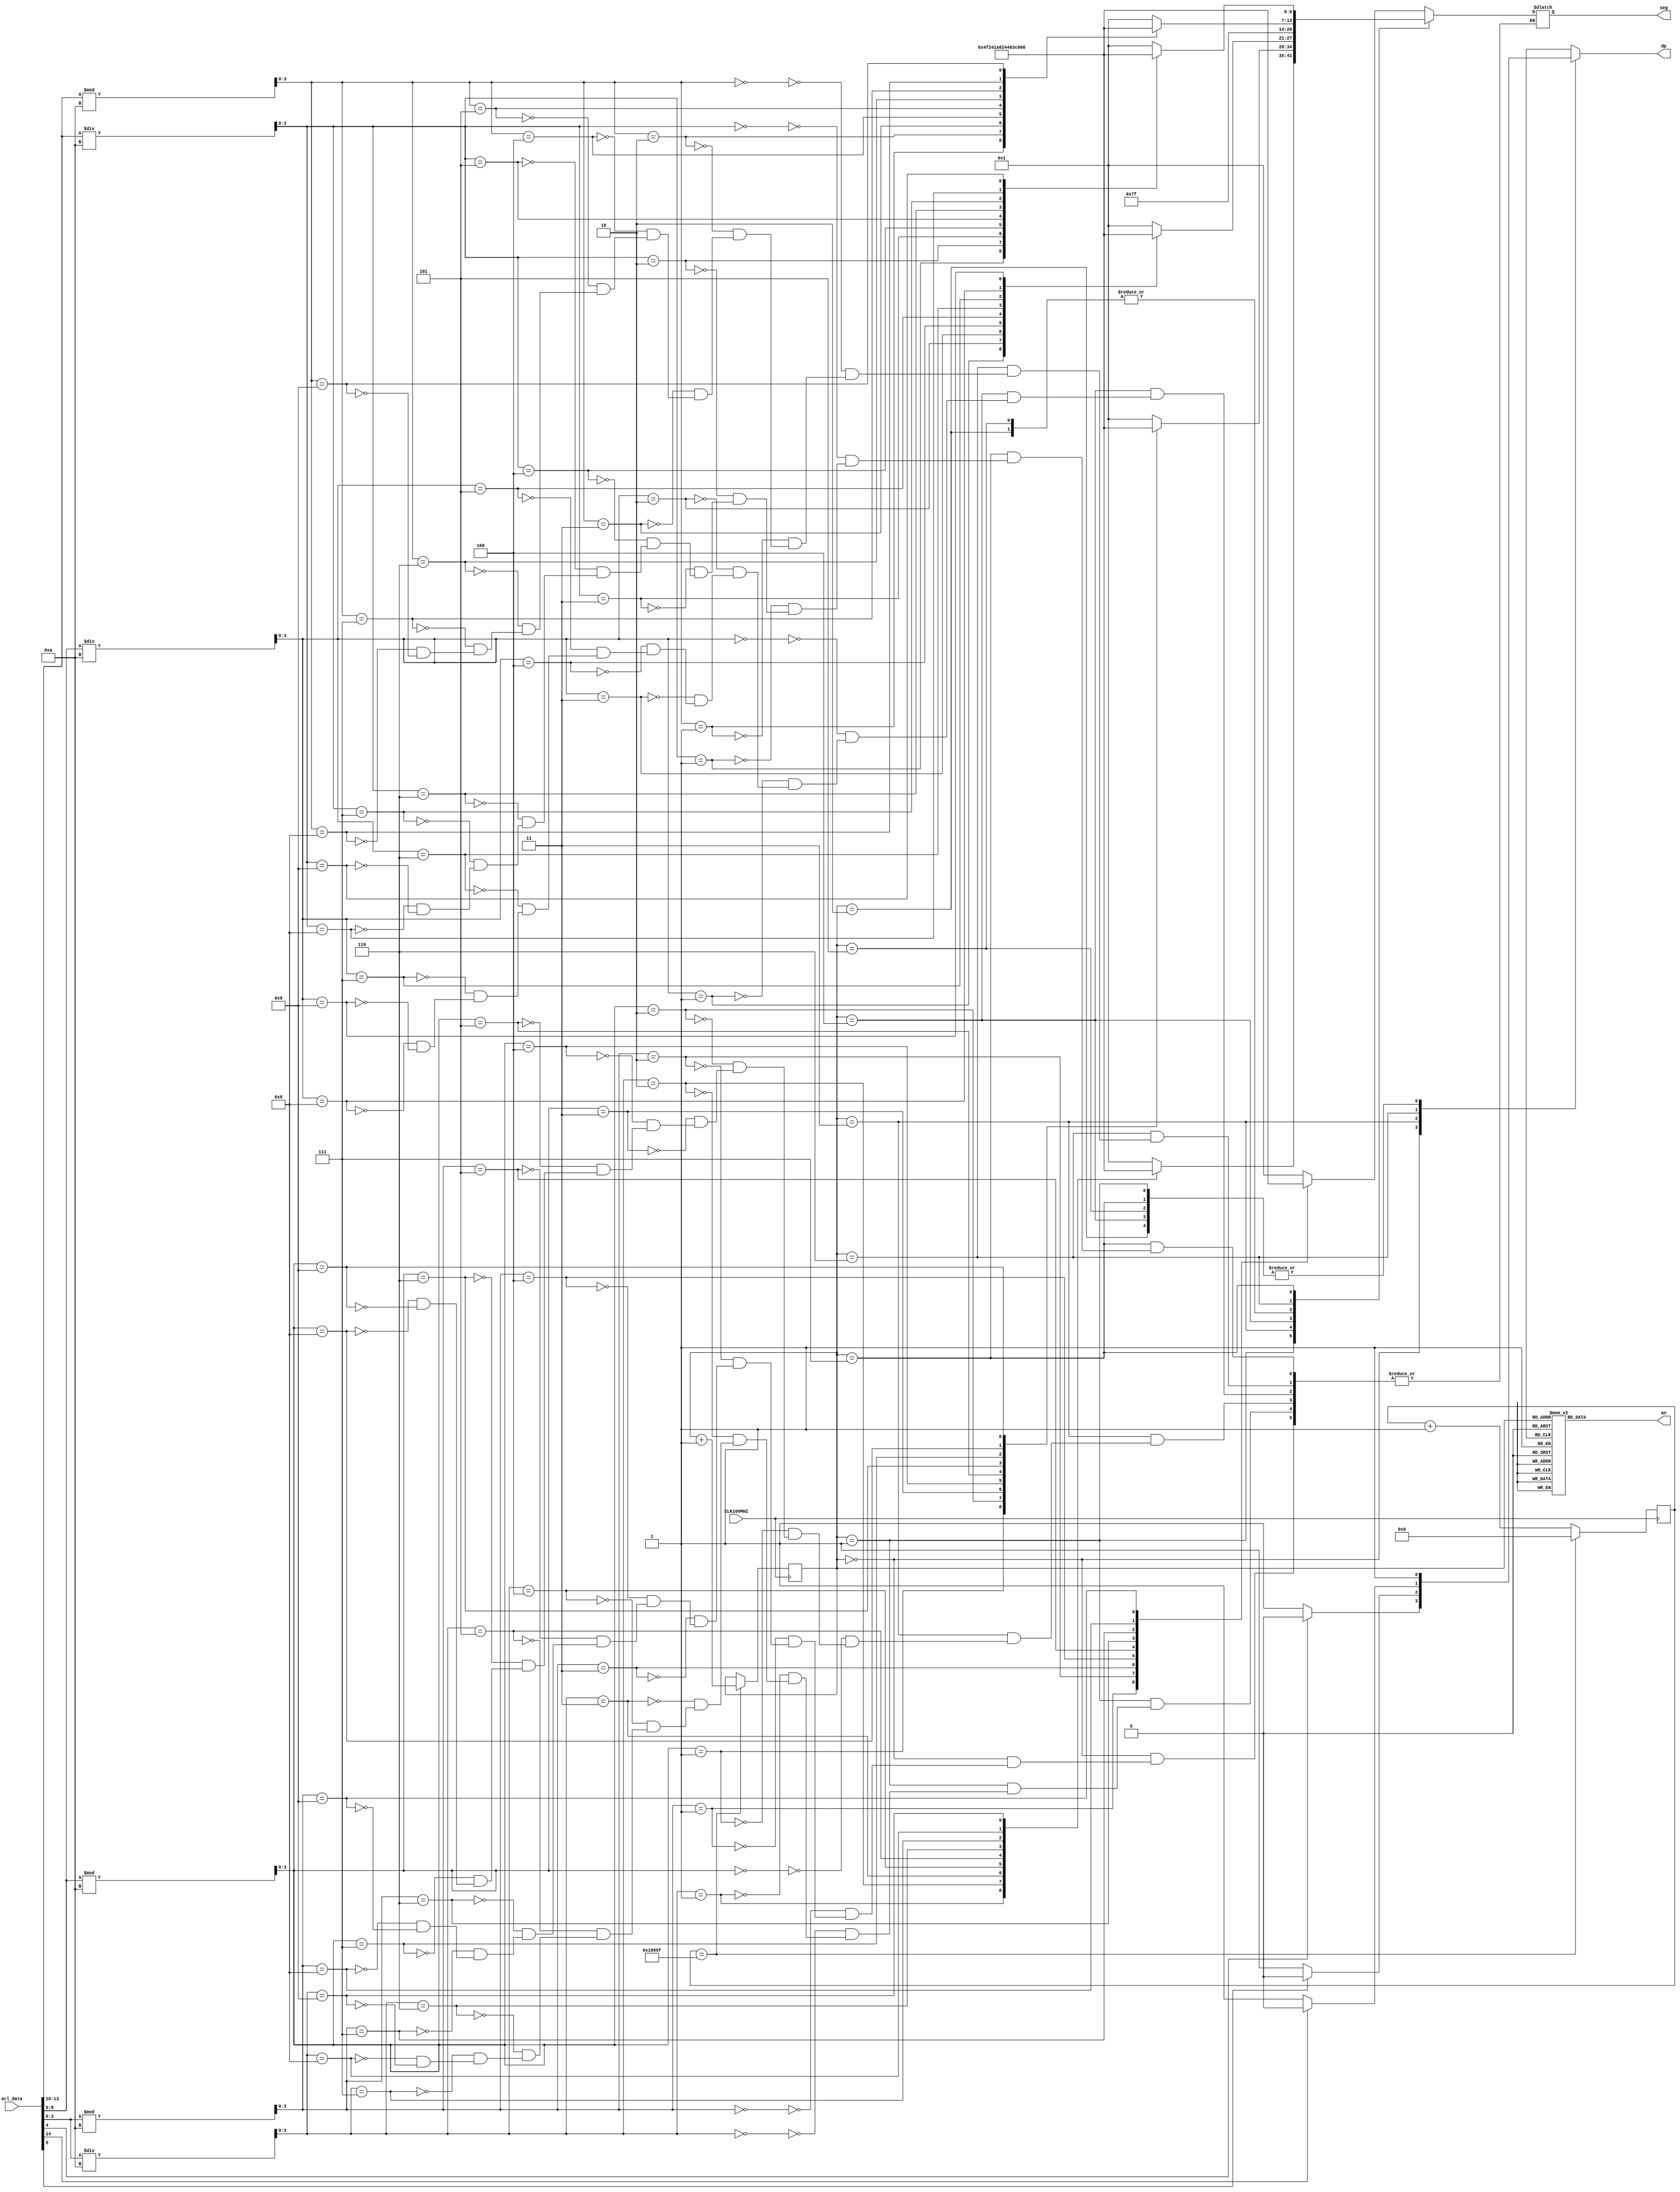
//`timescale 1ns / 1ps

module seg7_control(
    input CLK100MHZ,
    input [14:0] acl_data,
    output reg [6:0] seg,
    output reg dp,
    output reg [7:0] an
    );
    
    // Take sign bits out of accelerometer data
    wire x_sign, y_sign, z_sign;
    assign x_sign = acl_data[14];
    assign y_sign = acl_data[9];
    assign z_sign = acl_data[4];
    
    // Take 6 bits of axis data out of accelerometer data
    wire [3:0] x_data, y_data, z_data;
    assign x_data = acl_data[13:10];
    assign y_data = acl_data[8:5];
    assign z_data = acl_data[3:0];
    
    // Binary to BCD conversion for each axis 6-bit data
    wire [3:0] x_10, x_1, y_10, y_1, z_10, z_1;
    assign x_10 = x_data / 10;
    assign x_1  = x_data % 10;
    assign y_10 = y_data / 10;
    assign y_1  = y_data % 10;
    assign z_10 = z_data / 10;
    assign z_1  = z_data % 10;
    
    // Parameters for segment patterns
    parameter ZERO  = 7'b000_0001;  // 0
    parameter ONE   = 7'b100_1111;  // 1
    parameter TWO   = 7'b001_0010;  // 2 
    parameter THREE = 7'b000_0110;  // 3
    parameter FOUR  = 7'b100_1100;  // 4
    parameter FIVE  = 7'b010_0100;  // 5
    parameter SIX   = 7'b010_0000;  // 6
    parameter SEVEN = 7'b000_1111;  // 7
    parameter EIGHT = 7'b000_0000;  // 8
    parameter NINE  = 7'b000_0100;  // 9
    parameter NULL  = 7'b111_1111;  // all OFF
    
    // To select each anode in turn
    reg [2:0] anode_select = 3'b0;     // 3 bit counter for selecting each of 8 anodes
    reg [16:0] anode_timer = 17'b0;    // counter for anode refresh
    
    // Logic for controlling anode select and anode timer
    always @(posedge CLK100MHZ) begin               // 1ms x 8 displays = 8ms refresh period                             
        if(anode_timer == 99_999) begin             // The period of 100MHz clock is 10ns (1/100,000,000 seconds)
            anode_timer <= 0;                       // 10ns x 100,000 = 1ms
            anode_select <=  anode_select + 1;
        end
        else
            anode_timer <=  anode_timer + 1;
    end
    
    // Logic for driving the 8 bit anode output based on anode select
    always @(anode_select) begin
        case(anode_select) 
            3'b000 : an = 8'b1111_1110;   
            3'b001 : an = 8'b1111_1101;  
            3'b010 : an = 8'b1111_1011;  
            3'b011 : an = 8'b1111_0111;
            3'b100 : an = 8'b1110_1111;   
            3'b101 : an = 8'b1101_1111;  
            3'b110 : an = 8'b1011_1111;  
            3'b111 : an = 8'b0111_1111; 
        endcase
    end
    
    // Logic for driving segments based on which anode is selected
    always @*
        case(anode_select)
            3'b000 : begin
                        if(z_sign)                  // if sign is negative
                            dp = 1'b0;              // ON
                        else
                            dp = 1'b1;              // OFF 
                                
                        case(z_1)                   // Z axis ones digit
                            4'b0000 : seg = ZERO;
                            4'b0001 : seg = ONE;
                            4'b0010 : seg = TWO;
                            4'b0011 : seg = THREE;
                            4'b0100 : seg = FOUR;
                            4'b0101 : seg = FIVE;
                            4'b0110 : seg = SIX;
                            4'b0111 : seg = SEVEN;
                            4'b1000 : seg = EIGHT;
                            4'b1001 : seg = NINE;
                        endcase
                    end
                    
            3'b001 : begin  
                        dp = 1'b1;                  // OFF  
                        
                        case(z_10)                  // Z axis tens digit
                            4'b0000 : seg = ZERO;
                            4'b0001 : seg = ONE;
                            4'b0010 : seg = TWO;
                            4'b0011 : seg = THREE;
                            4'b0100 : seg = FOUR;
                            4'b0101 : seg = FIVE;
                            4'b0110 : seg = SIX;
                            4'b0111 : seg = SEVEN;
                            4'b1000 : seg = EIGHT;
                            4'b1001 : seg = NINE;
                        endcase
                    end
                    
            3'b010 : begin                          // anode not used
                        dp = 1'b1;
                        seg = NULL;     
                    end
                    
            3'b011 : begin
                        if(y_sign)                  // if sign is negative
                            dp = 1'b0;              // ON
                        else
                            dp = 1'b1;              // OFF
                        
                        case(y_1)                   // Y axis ones digit
                            4'b0000 : seg = ZERO;
                            4'b0001 : seg = ONE;
                            4'b0010 : seg = TWO;
                            4'b0011 : seg = THREE;
                            4'b0100 : seg = FOUR;
                            4'b0101 : seg = FIVE;
                            4'b0110 : seg = SIX;
                            4'b0111 : seg = SEVEN;
                            4'b1000 : seg = EIGHT;
                            4'b1001 : seg = NINE;
                        endcase
                    end
                    
            3'b100 : begin
                        dp = 1'b1;                  // OFF
                         
                        case(y_10)                  // Y axis tens digit
                            4'b0000 : seg = ZERO;
                            4'b0001 : seg = ONE;
                            4'b0010 : seg = TWO;
                            4'b0011 : seg = THREE;
                            4'b0100 : seg = FOUR;
                            4'b0101 : seg = FIVE;
                            4'b0110 : seg = SIX;
                            4'b0111 : seg = SEVEN;
                            4'b1000 : seg = EIGHT;
                            4'b1001 : seg = NINE;
                        endcase
                    end
                    
            3'b101 : begin                          // anode not used
                        dp = 1'b1;
                        seg = NULL;    
                        
                    end
                    
            3'b110 : begin 
                        if(x_sign)                  // if sign is negative
                            dp = 1'b0;              // ON
                        else
                            dp = 1'b1;              // OFF
                        
                        case(x_1)                   // X axis ones digit
                            4'b0000 : seg = ZERO;
                            4'b0001 : seg = ONE;
                            4'b0010 : seg = TWO;
                            4'b0011 : seg = THREE;
                            4'b0100 : seg = FOUR;
                            4'b0101 : seg = FIVE;
                            4'b0110 : seg = SIX;
                            4'b0111 : seg = SEVEN;
                            4'b1000 : seg = EIGHT;
                            4'b1001 : seg = NINE;
                        endcase
                    end
                    
            3'b111 : begin
                        dp = 1'b1;                  // OFF
                         
                        case(x_10)                  // X axis tens digit
                            4'b0000 : seg = ZERO;
                            4'b0001 : seg = ONE;
                            4'b0010 : seg = TWO;
                            4'b0011 : seg = THREE;
                            4'b0100 : seg = FOUR;
                            4'b0101 : seg = FIVE;
                            4'b0110 : seg = SIX;
                            4'b0111 : seg = SEVEN;
                            4'b1000 : seg = EIGHT;
                            4'b1001 : seg = NINE;
                        endcase
                    end
        endcase 
    
endmodule